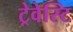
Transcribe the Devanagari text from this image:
ट्रेवेस्टि